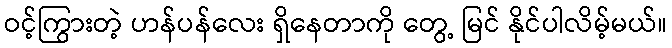
ဝင့်ကြွားတဲ့ ဟန်ပန်လေး ရှိနေတာကို တွေ့ မြင် နိုင်ပါလိမ့်မယ်။